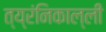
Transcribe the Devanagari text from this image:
त्य्रंनिकाल्ली